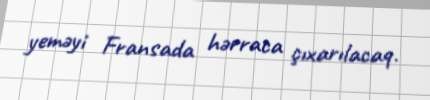
yeməyi Fransada hərraca çıxarılacaq.